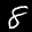
Label: 8